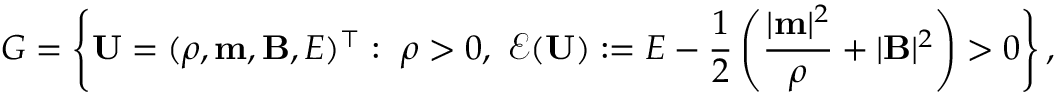
G = \left\{ \mathbf { U } = ( \rho , \mathbf { m } , \mathbf { B } , E ) ^ { \top } : ~ \rho > 0 , ~ \mathcal { E } ( \mathbf { U } ) : = E - \frac { 1 } { 2 } \left( \frac { | \mathbf { m } | ^ { 2 } } { \rho } + | \mathbf { B } | ^ { 2 } \right) > 0 \right\} ,